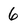
Character: 6